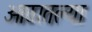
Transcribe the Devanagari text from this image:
ओठातल्या